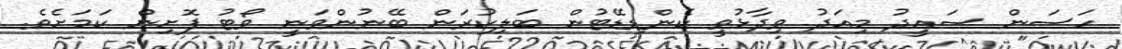
ހަސަން ސައީދު މިއަދު ވިދާޅުވީ ކެންޑިޑޭޓުން ބަލިކުރަން ބޭނުންވަނީ ވޯޓު ފޮށިން ކަމަށެވެ.